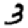
Digit: 3